Local Government Staffs (War Service) Act, 1939, 1939
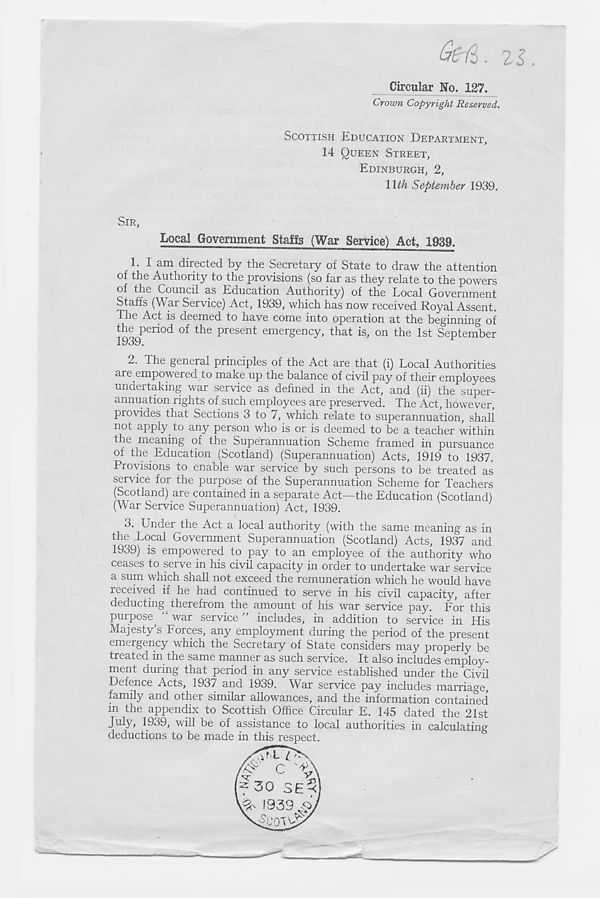
fad. 2$,
Circular No. 127.
Crown Copyright Reserved.
SCOTTISH EDUCATION DEPARTMENT,
14 QUEEN STREET,
EDINBURGH, 2,
\\th September 1939.
SIR,
Local Government Staffs (War Service) Act, 1939.
1. I am directed by the Secretary of State to draw the attention
of the Authority to the provisions (so far as they relate to the powers
of the Council as Education Authority) of the Local Government
Staffs (War Service) Act, 1939, which has now received Royal Assent.
The Act is deemed to have come into operation at the beginning of
the period of the present emergency, that is, on the 1st September
1939.
2. The general principles of the Act are that (i) Local Authorities
are empowered to make up the balance of civil pay of their employees
undertaking war service as defined in the Act, and (ii) the super-
annuation rights of such employees are preserved. The Act, however,
provides that Sections 3 to 7, which relate to superannuation, shall
not apply to any person who is or is deemed to be a teacher within
the meaning of the Superannuation Scheme framed in pursuance
of the Education (Scotland) (Superannuation) Acts, 1919 to 1937.
Provisions to enable war service by such persons to be treated as
service for the purpose of the Superannuation Scheme for Teachers
(Scotland) are contained in a separate Act—the Education (Scotland)
(War Service Superannuation) Act, 1939.
3. Under the Act a local authority (with the same meaning as in
the Local Government Superannuation (Scotland) Acts, 1937 and
19o9) is empowered to pay to an employee of the authority who
ceases to serve in his civil capacity in order to undertake war service
a sum which shall not exceed the remuneration which he would have
received if he had continued to serve in his civil capacity, after
deducting therefrom the amount of his war service pay. For this
purpose^ “ war service ” includes, in addition to service in His
Majesty’s Forces, any employment during the period of the present
emergency which the Secretary of State considers may properly be
treated in the same manner as such service. It also includes employ-
ment during that period in any service established under the Civil
Defence Acts, 1937 and 1939. War service pay includes marriage,
family and other similar allowances, and the information contained
in the appendix to Scottish Office Circular E. 145 dated the 21st
July, 1939, will be of assistance to local authorities in calculating
deductions to be made in this respect.
/AT
C ''C\
F 30 SE^
VS 1939 d)